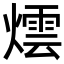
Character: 𭶀